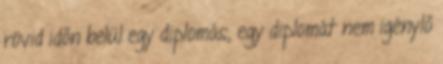
rövid időn belül egy diplomás, egy diplomát nem igénylő